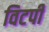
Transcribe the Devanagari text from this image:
विटपी